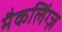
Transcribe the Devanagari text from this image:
मैकलिंग्ज़